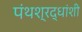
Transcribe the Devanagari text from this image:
पंथश्रद्धांशी